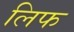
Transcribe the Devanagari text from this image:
लिफ